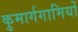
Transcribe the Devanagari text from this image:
कुमार्गगामियों